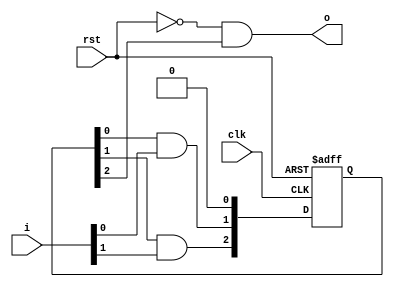
module checker( clk, rst, i, o);
  parameter I_WIDTH = 2;
  parameter X_WIDTH = 2;
  parameter S_WIDTH = 3;
  input clk;
  input rst;
  input [I_WIDTH - 1:0] i;
  output o;
  localparam INIT = 3'b001;
  reg  [S_WIDTH - 1:0] s;
  wire [X_WIDTH - 1:0] x;
  wire [S_WIDTH - 1:0] n;
  always @(posedge clk or posedge rst)
    if(rst)
      s <= INIT;
    else
      s <= n;
  assign x[0] = i[0];
  assign x[1] = i[1];
  assign n[0] = 1'b0;
  assign n[1] = s[0] & x[0];
  assign n[2] = s[1] & x[1];
  assign o = ~rst & (s[2]);
endmodule